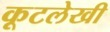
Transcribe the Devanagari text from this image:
कूटलेखी